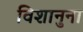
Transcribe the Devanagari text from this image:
विशानुना